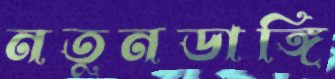
নতুনডাঙ্গি